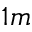
1 m